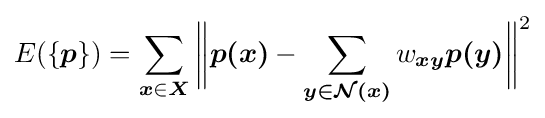
E(\{{\boldsymbol {p}}\})=\sum _{{\boldsymbol {x}}\in {\boldsymbol {X}}}{\bigg \|}{\boldsymbol {p(x)}}-\sum _{\boldsymbol {y\in {\mathcal {N}}(x)}}w_{\boldsymbol {xy}}{\boldsymbol {p(y)}}{\bigg \|}^{2}